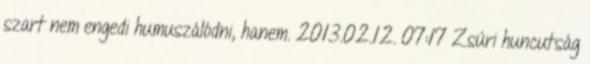
szart nem engedi humuszálódni, hanem. 2013.02.12. 07:17 Zsúri huncutság